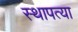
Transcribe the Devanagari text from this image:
स्थापत्या